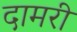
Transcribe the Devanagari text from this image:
दामरी